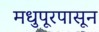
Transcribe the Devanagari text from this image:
मधुपूरपासून